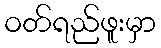
ဝတ်ရည်ဖူးမှာ